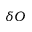
\delta O